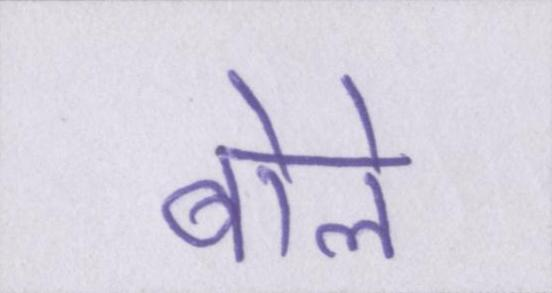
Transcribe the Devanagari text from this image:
बोले